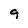
Character: 9